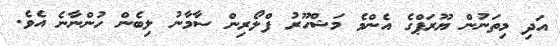
އަދި މިތަނުން ޔޫރަޕްގެ އެންމެ މަޝްހޫރު ފްލޯރިން ސާމާނު ލިބެން ހުންނާނެ އެވެ.